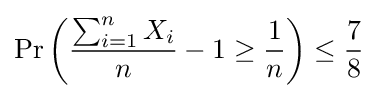
\Pr \left({\frac {\sum _{i=1}^{n}X_{i}}{n}}-1\geq {\frac {1}{n}}\right)\leq {\frac {7}{8}}